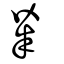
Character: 粊